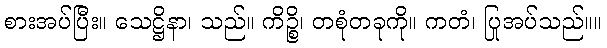
စားအပ်ပြီး။ သေဋ္ဌိနာ၊ သည်။ ကိဉ္စိ၊ တစုံတခုကို။ ကတံ၊ ပြုအပ်သည်။။